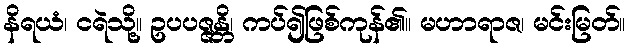
နိရယံ၊ ငရဲသို့။ ဥပပဇ္ဇန္တိ၊ ကပ်၍ဖြစ်ကုန်၏။ မဟာရာဇ၊ မင်းမြတ်။